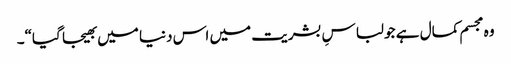
وہ مجسم کمال ہے جو لباسِ بشریت میں اس دنیا میں بھیجا گیا“۔